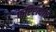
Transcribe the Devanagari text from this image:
फरिश्त्यांचे